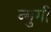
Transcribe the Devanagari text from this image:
न्गुगी